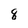
Character: 8